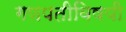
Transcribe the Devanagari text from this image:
गणपतीविषयी